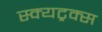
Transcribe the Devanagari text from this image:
स्क्यट्रक्स